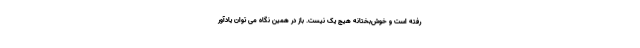
رفته است و خوش‌بختانه هیچ یک نیست. باز در همین نگاه می توان یادآور